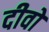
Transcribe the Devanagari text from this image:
दीवो